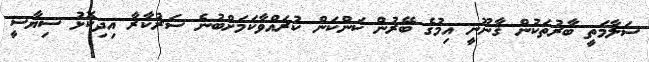
ސަލާމަތީ ބާރުތަކުން ޤާނޫނީ އިމުގެ ބޭރުން ކަންކަން ކުރައްވާކަމަށްބުނެ ސަރުކާރާ އިދިކޮޅު ސިޔާސީ